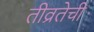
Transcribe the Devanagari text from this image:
तीव्रतेची